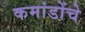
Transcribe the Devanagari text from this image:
कमांडोंचे